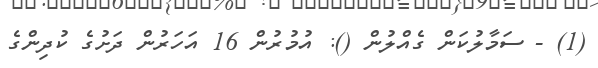
(1) - ސަމާލުކަން ގެއްލުން (): އުމުރުން 16 އަހަރުން ދަށުގެ ކުދިންގެ